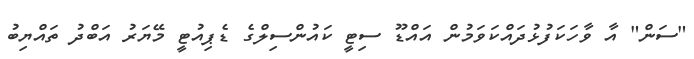
"ސަން" އާ ވާހަކަފުޅުދައްކަވަމުން އައްޑޫ ސިޓީ ކައުންސިލްގެ ޑެޕިއުޓީ މޭޔަރު އަބްދު ތައްޔިބު